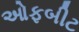
ઓફબીટ